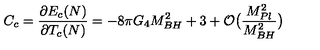
C _ { c } = \frac { \partial E _ { c } ( N ) } { \partial T _ { c } ( N ) } = - 8 \pi G _ { 4 } M _ { B H } ^ { 2 } + 3 + { \cal O } \big ( \frac { M _ { P l } ^ { 2 } } { M _ { B H } ^ { 2 } } \big )